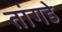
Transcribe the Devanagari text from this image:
तांगडे